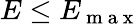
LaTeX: E\le E_{\mathrm{~m~a~x~}}